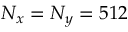
N _ { x } = N _ { y } = 5 1 2